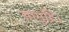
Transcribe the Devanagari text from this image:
सामुद्रि।